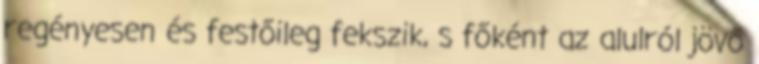
regényesen és festőileg fekszik, s főként az alulról jövő